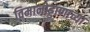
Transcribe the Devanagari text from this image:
विमानोड्डाणाच्या